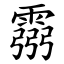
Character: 霛